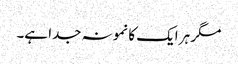
مگر ہر ایک کا نمونہ جدا ہے۔